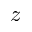
z